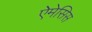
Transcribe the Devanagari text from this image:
ऐमेसिस